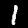
Digit: 1